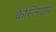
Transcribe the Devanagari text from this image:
कैस्लियम